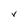
Character: V